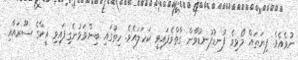
ނުވެއެވެ. ފިޔަތައް މޯޅިވެ ފުނޑުފުނޑުވާން ގާތްވެފައިވީ ކަހަލައެވެ. ހިތުގައި ބިންވަޅުނެގިފައިވި އީކްގެ ސޫރައާއި